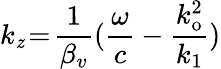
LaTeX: k_{\mathit{z}}\! =\! \frac{{1}}{{\beta_{v}}}(\frac{{\omega}}{{c}}-\frac{{k_{\mathrm{{o}}}^{2}}}{{k_{1}}})